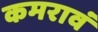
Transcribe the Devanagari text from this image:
कमरावं